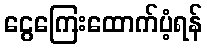
ငွေကြေးထောက်ပံ့ရန်